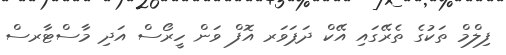
ފިލްމް ތަކުގެ ތެރޭގައި އޭކް ދަޕަވަރ އޮފް ވަން ހީރޯސް އަދި މާސްޓާރސް